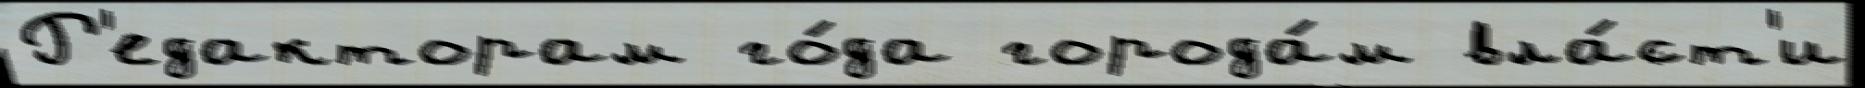
Р'едакторам го́да города́м вла́ст'и